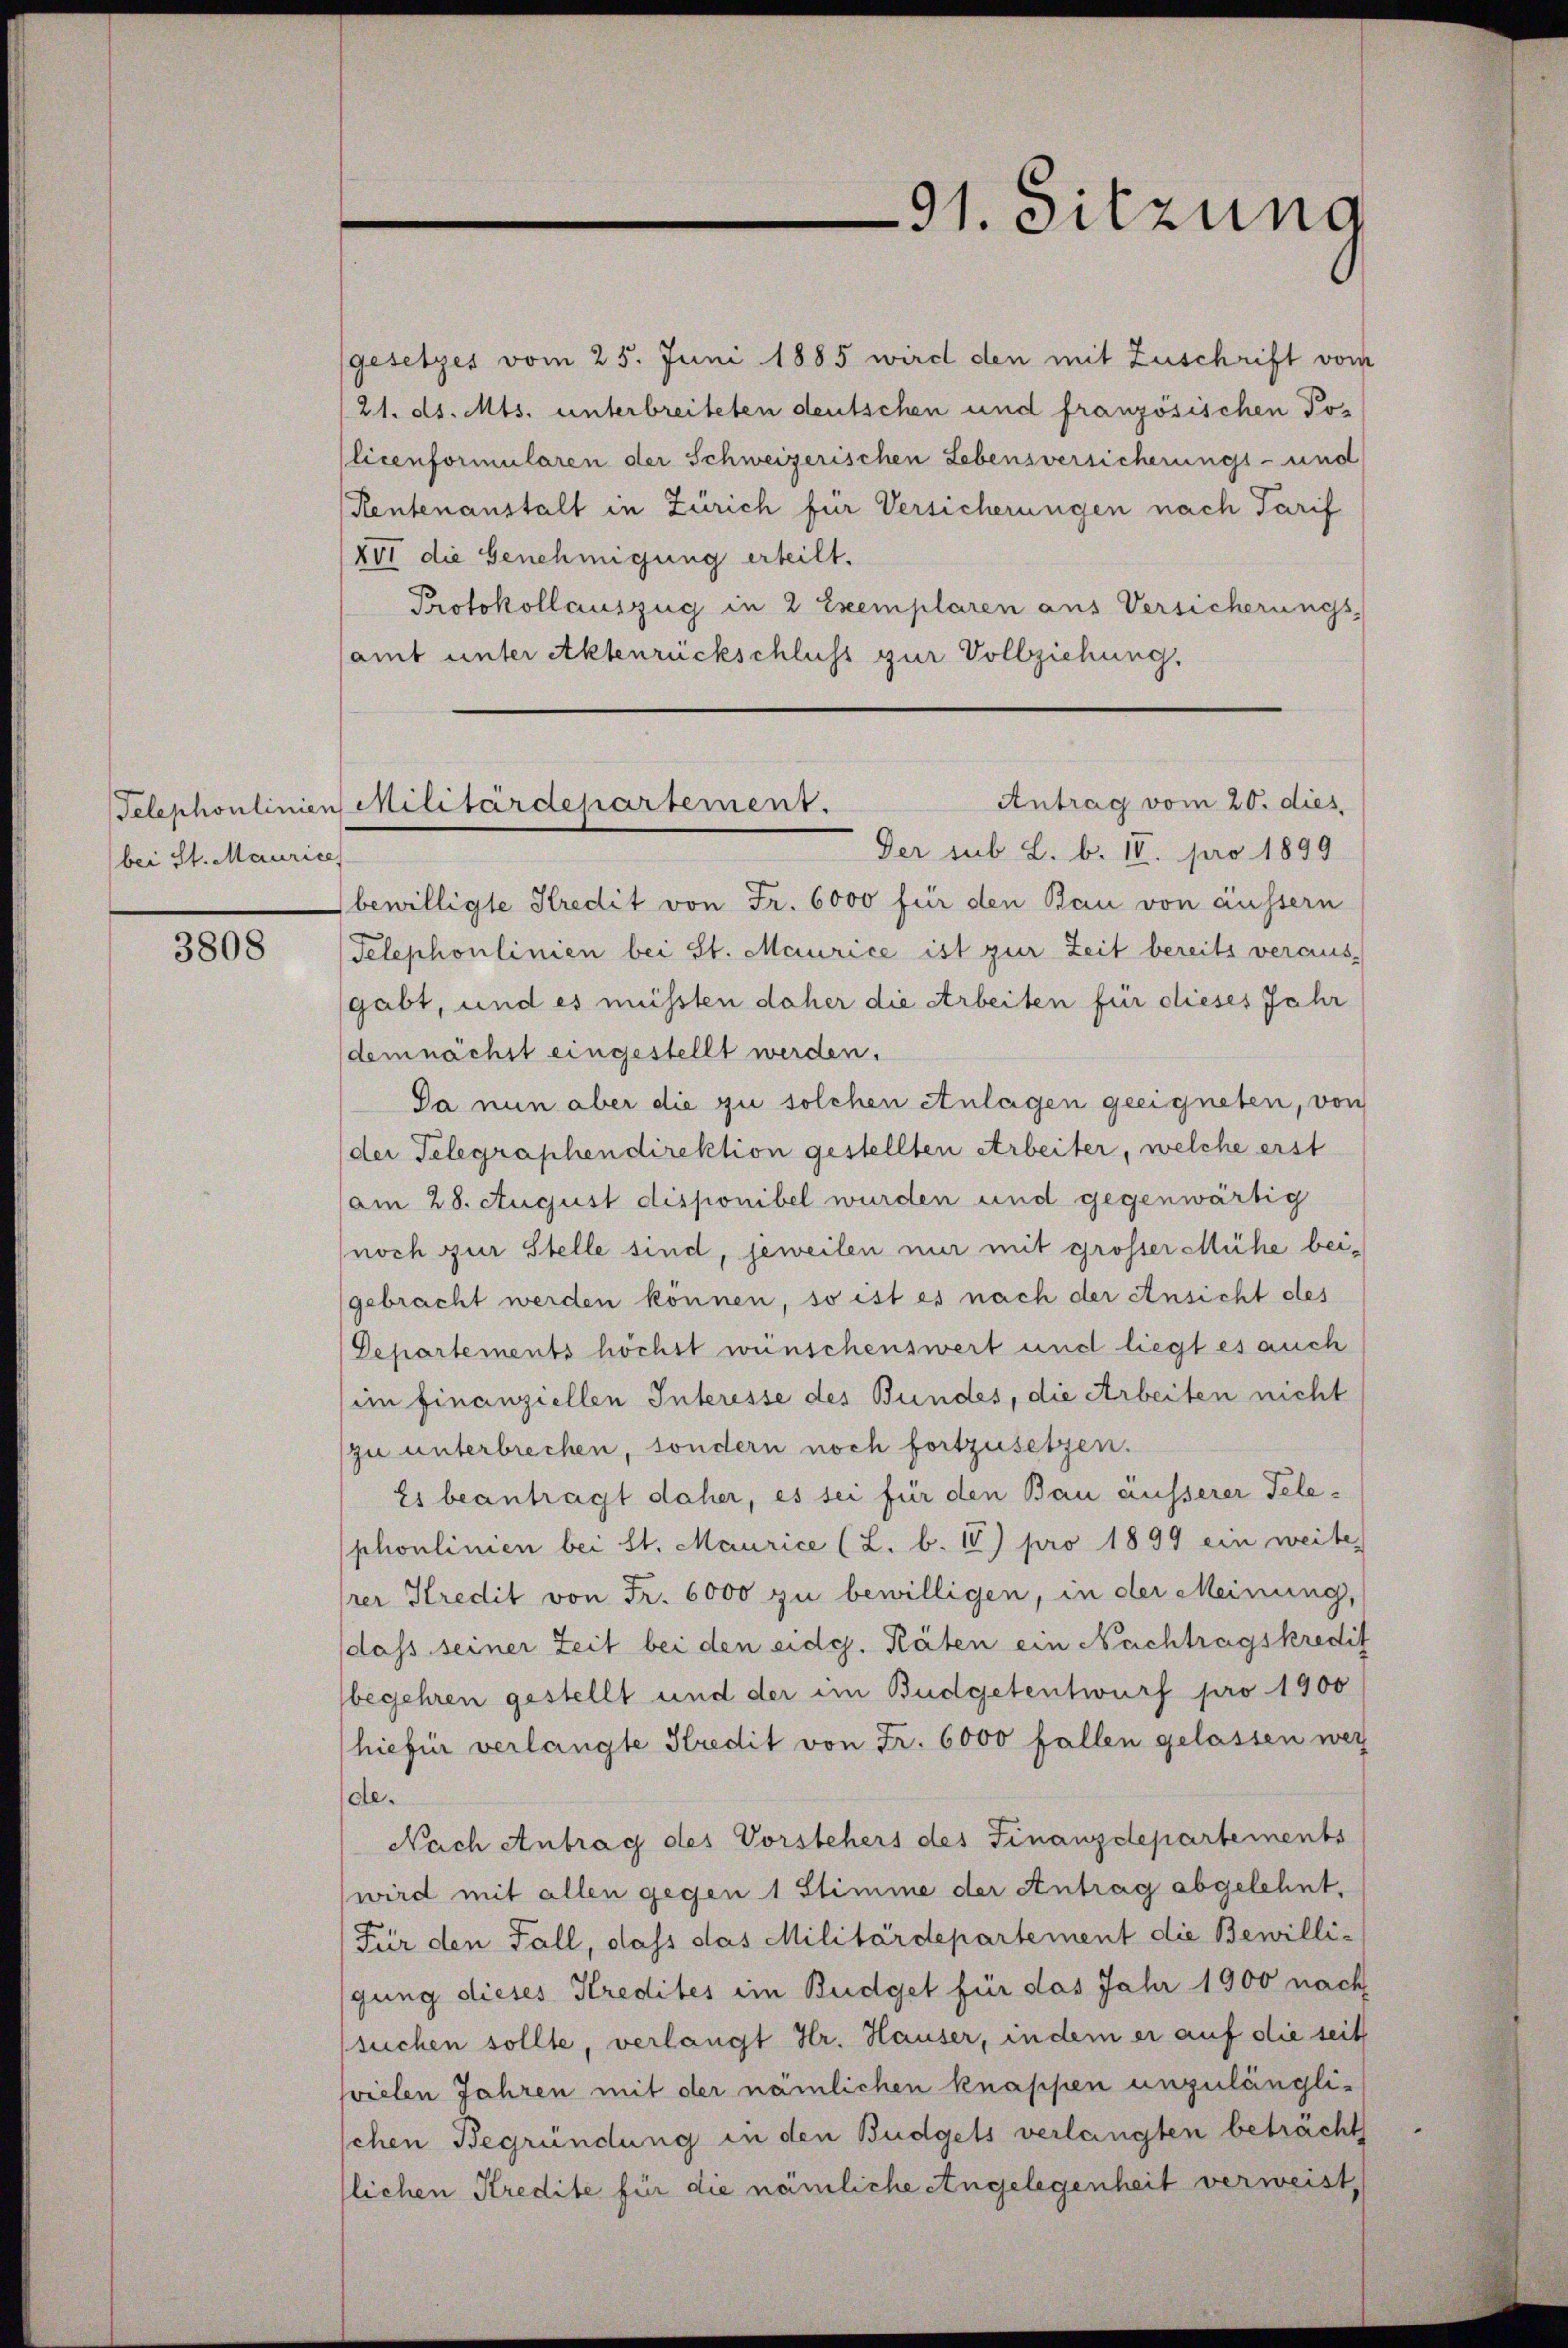
bei St. Maurice

3808

gesetzes vom 25. Juni 1885 wird den mit Zuschrift vom
21. ds. Mts. unterbreiteten deutschen und französischen Policenformularen der Schweizerischen Lebensversicherungs- und
Rentenanstalt in Zürich für Versicherungen nach Tarif
XVI die Genehmigung erteilt.
Protokollauszug in 2 Exemplaren aus Versicherungs-
samt unter Aktenrückschluss zur Vollziehung.

91. Sitzung

Der sub L. b. IV. pro 1899
bewilligte Kredit von Fr. 6000 für den Bau von äussern
Telephonlinien bei St. Maurice ist zur Zeit bereits veraus-
gabt, und es müssten daher die Arbeiten für dieses Jahr
demnächst eingestellt werden.
Da nun aber die zu solchen Anlagen geeigneten, von
der Telegraphendirektion gestellten Arbeiter, welche erst
am 28. August disponibel wurden und gegenwärtig
noch zur Stelle sind, jeweilen nur mit grosser Mühe beigebracht werden können, so ist es nach der Ansicht des
Departements höchst wünschenswert und liegt es auch
im finanziellen Interesse des Bundes, die Arbeiten nicht
zu unterbrechen, sondern noch fortzusetzen.
Es beantragt daher, es sei für den Bau äusserer Telephoulinien bei St. Maurice (L. b. IV) pro 1899 ein weite
rer Kredit von Fr. 6000 zu bewilligen, in der Meinung,
dass seiner Zeit bei den eidg. Räten ein Nachtragskredit
begehren gestellt und der im Budgetentwurf pro 1900
hiefür verlangte Kredit von Fr. 6000 fallen gelassen weg
de.
Nach Antrag des Vorstehers des Finanzdepartements
wird mit allen gegen 1 Stimme der Antrag abgelehnt,
Für den Fall, dass das Militärdepartement die Bewilli-
gung dieses Kredites im Budget für das Jahr 1900 nach
suchen sollte, verlangt Hr. Hauser, in dem er auf die seit
vielen Jahren mit der nämlichen knappen unzulänglischen Begründung in den Budgets verlangten beträcht
lichen Kredite für die nämliche Angelegenheit verweist,

Antrag vom 20. dies
Telephonlinien Militärdepartement.